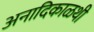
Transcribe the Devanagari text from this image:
अनादिकाळथी